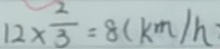
1 2 \times \frac { 2 } { 3 } = 8 ( k m / h